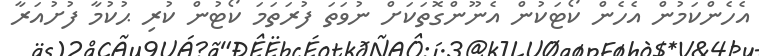
އެހެންކަމުން އެހެން ކޯޓަކުން އެނޫންގޮތަކަށް ނުވަތަ ފުރަތަމަ ކޯޓުން ކުރި ޙުކުމާ ފުށުއަރާ